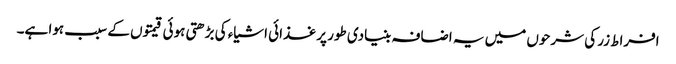
افراط زر کی شرحوں میں یہ اضافہ بنیادی طور پر غذائی اشیاء کی بڑھتی ہوئی قیمتوں کے سبب ہوا ہے۔